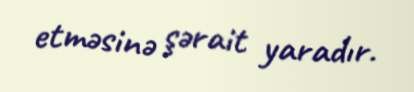
etməsinə şərait yaradır.